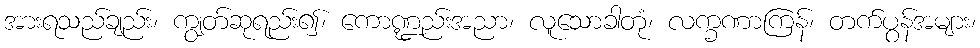
အားရသည်ချည်း၊ ကျွတ်ဆုရည်း၍၊ ကောဏ္ဍည်းအညာ၊ လူသောခါတုံ၊ လက္ခဏာကြန်၊ တက်ပွန်အများ၊